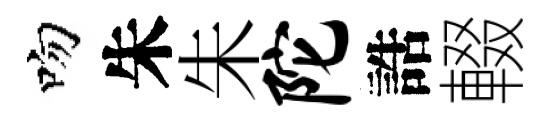
吻朱朱陀誥輟